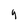
Character: y